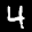
Label: 4